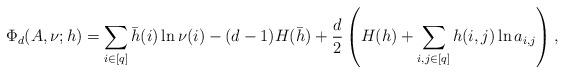
LaTeX: \begin{align*}\Phi_d(A,\nu; h)=\sum_{i\in [q]}\bar{h}(i)\ln \nu(i)-(d-1)H(\bar{h})+\frac{d}{2}\left(H(h)+\sum_{i,j\in [q]}h(i,j)\ln a_{i,j}\right),\end{align*}